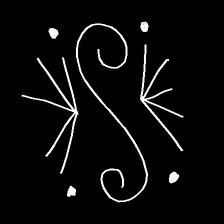
Glyph: aeroform